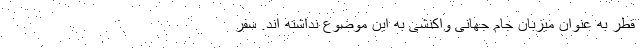
قطر به عنوان میزبان جام جهانی واکنشی به این موضوع نداشته اند. سفر